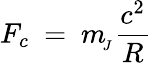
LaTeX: F_{c}\ =\ m_{\! _{J}}\frac{c^{2}}{R}